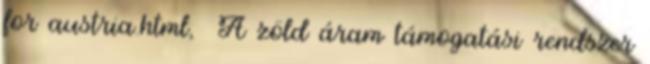
for austria.html, A zöld áram támogatási rendszer